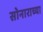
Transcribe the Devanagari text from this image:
सोनाराच्या